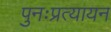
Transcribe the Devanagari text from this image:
पुनःप्रत्यायन